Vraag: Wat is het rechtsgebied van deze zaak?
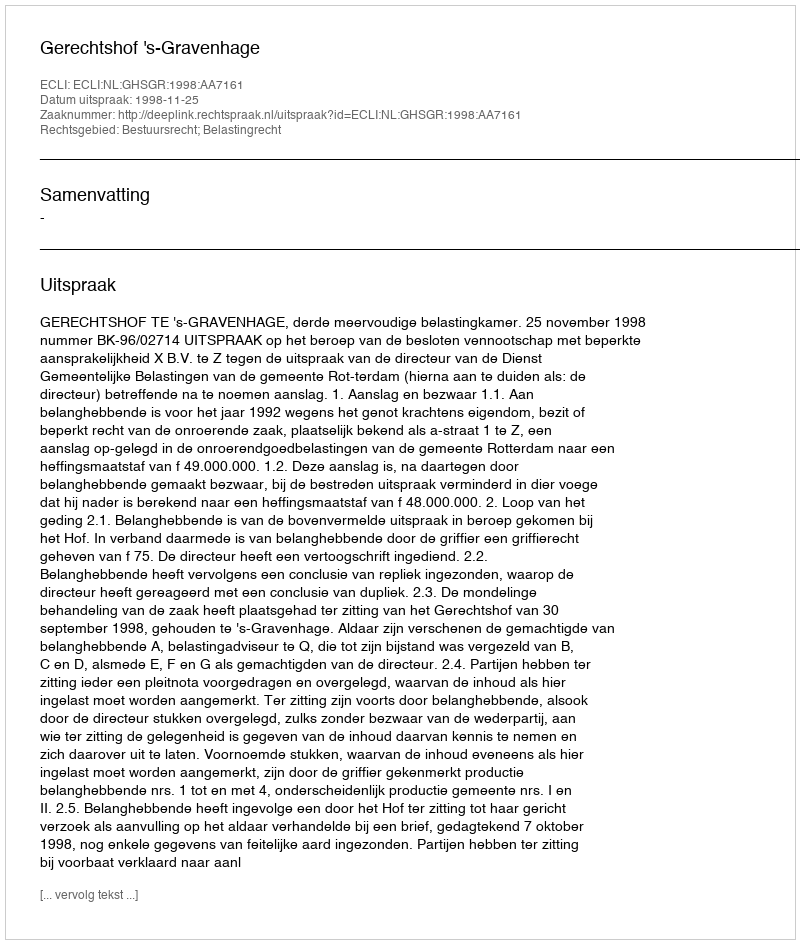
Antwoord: Bestuursrecht; Belastingrecht